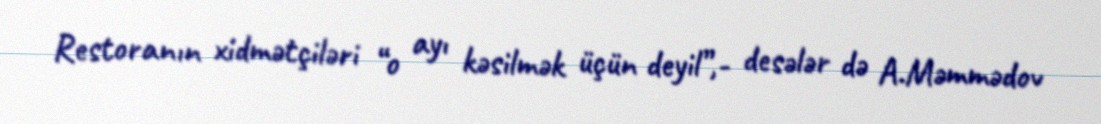
Restoranın xidmətçiləri “o ayı kəsilmək üçün deyil”,- desələr də A.Məmmədov